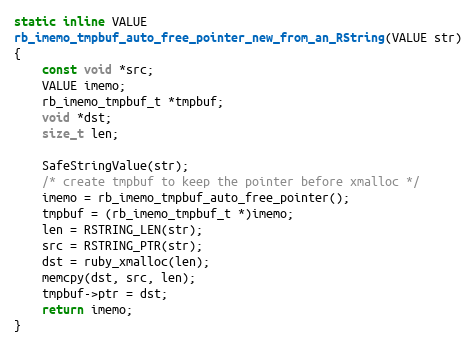
Language: C
static inline VALUE
rb_imemo_tmpbuf_auto_free_pointer_new_from_an_RString(VALUE str)
{
    const void *src;
    VALUE imemo;
    rb_imemo_tmpbuf_t *tmpbuf;
    void *dst;
    size_t len;

    SafeStringValue(str);
    /* create tmpbuf to keep the pointer before xmalloc */
    imemo = rb_imemo_tmpbuf_auto_free_pointer();
    tmpbuf = (rb_imemo_tmpbuf_t *)imemo;
    len = RSTRING_LEN(str);
    src = RSTRING_PTR(str);
    dst = ruby_xmalloc(len);
    memcpy(dst, src, len);
    tmpbuf->ptr = dst;
    return imemo;
}